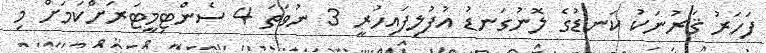
ފަހަރު ޤަރުނަކު ކަނޑުގެ ލޮނުގަނޑު އުފުލިފައިހުރީ 3 ނުވަތަ 4 ސެންޓިމީޓަރަށްކަމަށް މި